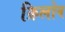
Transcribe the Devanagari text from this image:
क्रिलोव